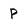
Character: p